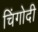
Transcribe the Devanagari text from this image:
चिंगोदी